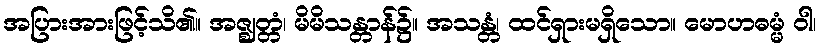
အပြားအားဖြင့်သိ၏။ အဇ္ဈတ္တံ၊ မိမိသန္တာန်၌။ အသန္တံ၊ ထင်ရှားမရှိသော။ မောဟဓမ္မံ ဝါ၊